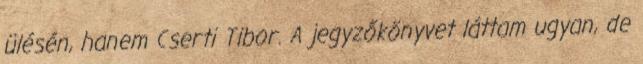
ülésén, hanem Cserti Tibor. A jegyzőkönyvet láttam ugyan, de